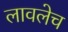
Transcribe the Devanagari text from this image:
लावलेच